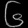
Digit: ၆